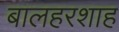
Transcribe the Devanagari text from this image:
बालहरशाह